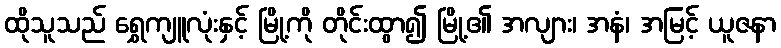
ထိုသူသည် ရွှေကျူလုံးနှင့် မြို့ကို တိုင်းထွာ၍ မြို့၏ အလျား၊ အနံ၊ အမြင့် ယူဇနာ